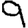
Digit: 9